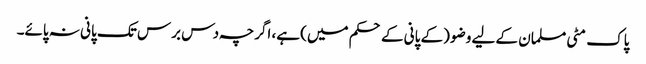
پاک مٹی مسلمان کے لیے وضو (کے پانی کے حکم میں) ہے، اگرچہ دس برس تک پانی نہ پائے۔